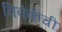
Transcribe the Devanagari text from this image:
विवेकेची